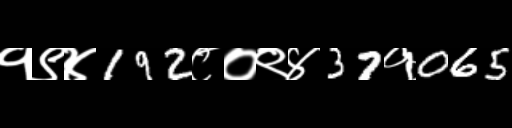
Text: १९४192८०९४37१065